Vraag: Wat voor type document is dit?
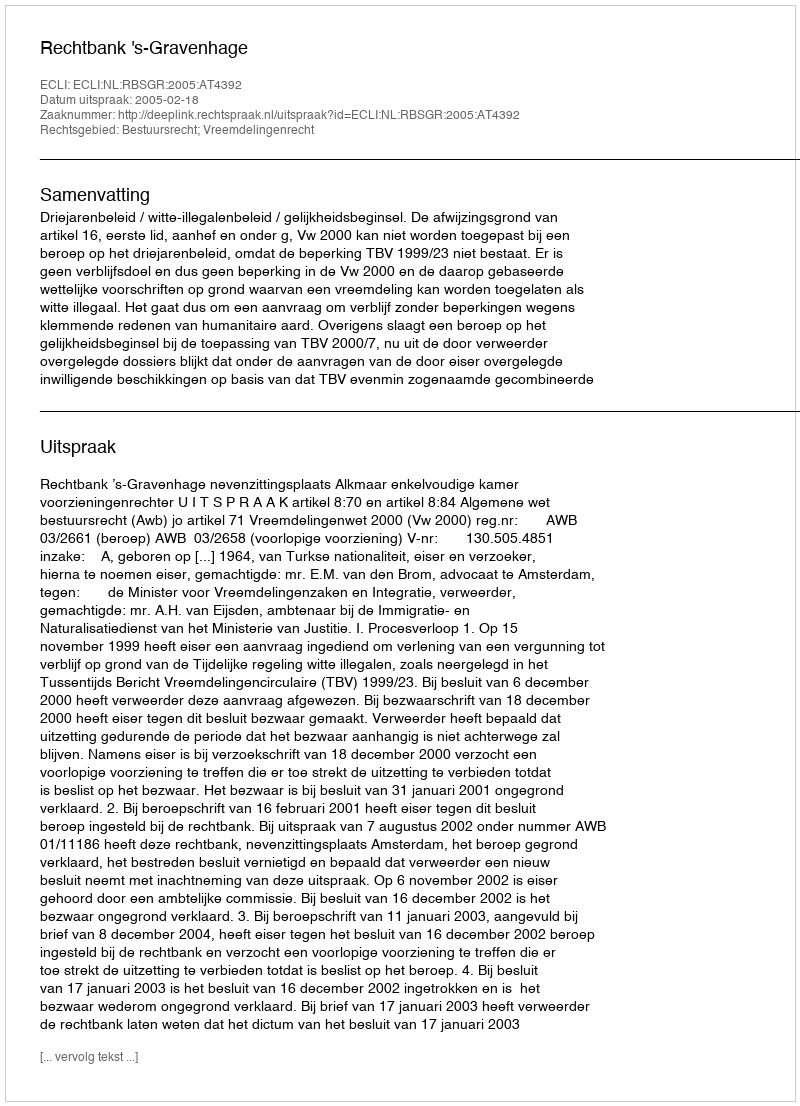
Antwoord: Uitspraak